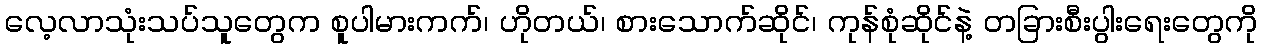
လေ့လာသုံးသပ်သူတွေက စူပါမားကက်၊ ဟိုတယ်၊ စားသောက်ဆိုင်၊ ကုန်စုံဆိုင်နဲ့ တခြားစီးပွါးရေးတွေကို